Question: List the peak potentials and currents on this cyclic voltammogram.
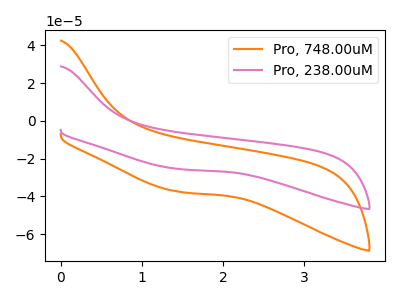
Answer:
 <answer>The orange curve "Pro, 748.00uM" has no peaks. The pink curve "Pro, 238.00uM" has no peaks.</answer>
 <eval></eval>